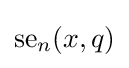
{\text{se}}_{n}(x,q)